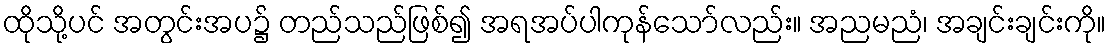
ထိုသို့ပင် အတွင်းအပ၌ တည်သည်ဖြစ်၍ အရအပ်ပါကုန်သော်လည်း။ အညမညံ၊ အချင်းချင်းကို။